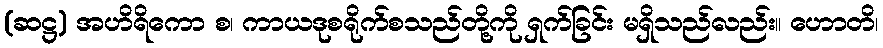
(ဆဋ္ဌ) အဟိရိကော စ၊ ကာယဒုစရိုက်စသည်တို့ကို ရှက်ခြင်း မရှိသည်လည်း။ ဟောတိ၊